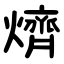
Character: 㸄